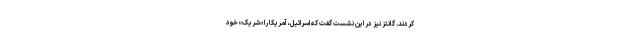
کردند. گانتز نیز در این نشست گفت که اسرائیل، آمریکا را «شریک» خود